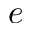
e